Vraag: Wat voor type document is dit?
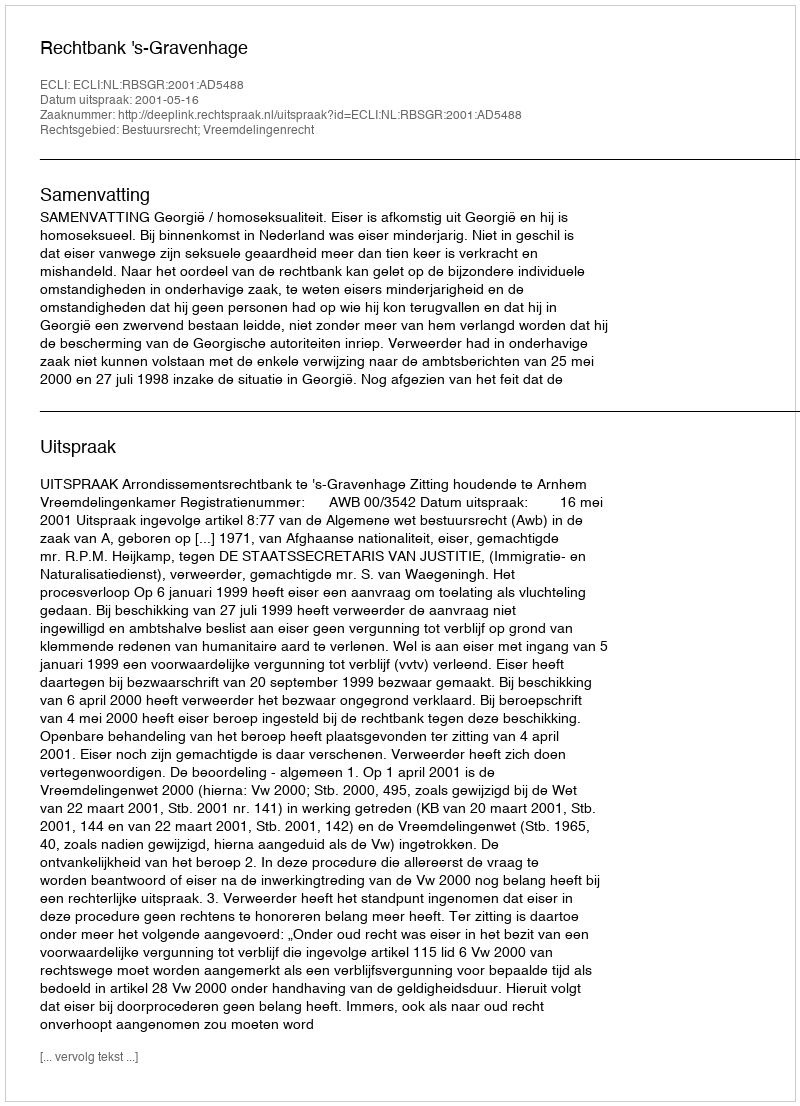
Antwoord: Uitspraak